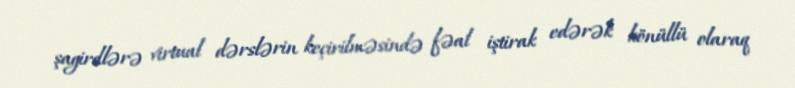
şagirdlərə virtual dərslərin keçirilməsində fəal iştirak edərək könüllü olaraq